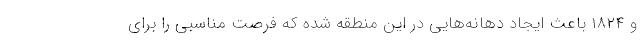
و ۱۸۲۴ باعث ایجاد دهانه‌هایی در این منطقه شده که فرصت مناسبی را برای